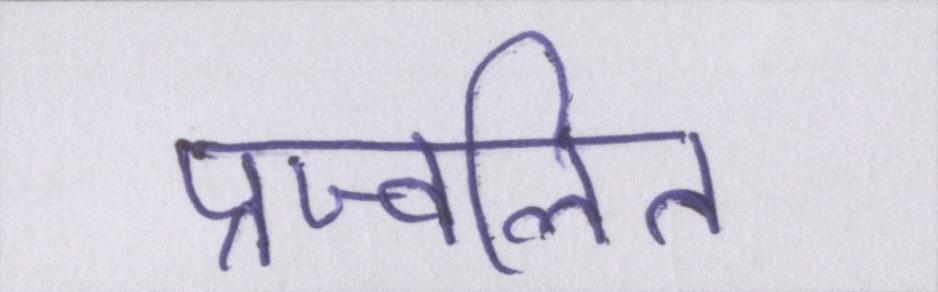
प्रज्वलित